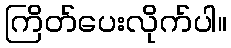
ကြိတ်ပေးလိုက်ပါ။